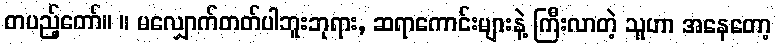
တပည့်တော်။ ။ မလျှောက်တတ်ပါဘူးဘုရား, ဆရာကောင်းများနဲ့ ကြီးလာတဲ့ သူဟာ အနေတော့